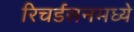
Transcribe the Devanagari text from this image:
रिचर्डसनमध्ये